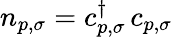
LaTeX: n_{p,\sigma}=c_{p,\sigma}^{\dagger}\, c_{p,\sigma}